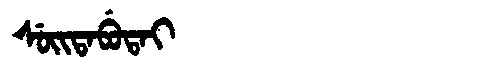
Manchu: ᠰᡠᡳᡨᠠᠪᡠᡨᠠᡳ
Romanization: SUITABUTAI